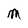
Character: M